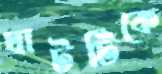
ঘাটটিকে